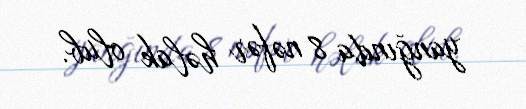
yanğında 8 nəfər həlak olub.